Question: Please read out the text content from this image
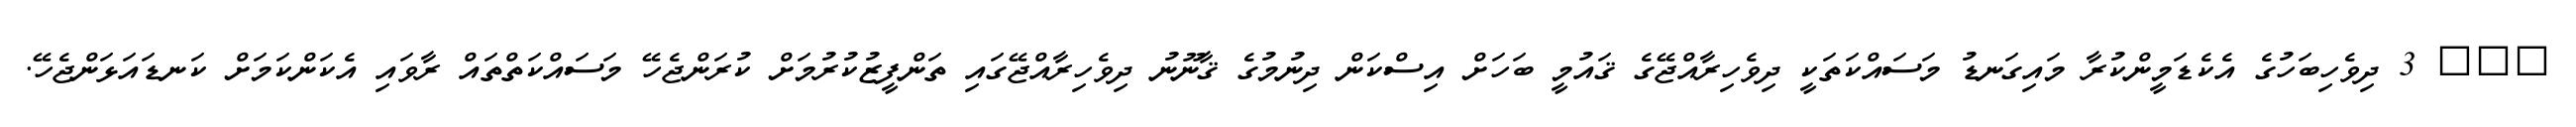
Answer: ??? 3 ދިވެހިބަހުގެ އެކެޑަމީންކުރާ މައިގަނޑު މަސައްކަތަކީ ދިވެހިރާއްޖޭގެ ޤައުމީ ބަހަށް އިސްކަން ދިނުމުގެ ޤާނޫނު ދިވެހިރާއްޖޭގައި ތަންފީޒުކުރުމަށް ކުރަންޖެހޭ މަސައްކަތްތައް ރާވައި އެކަންކަމަށް ކަނޑައަޅަންޖެހޭ.